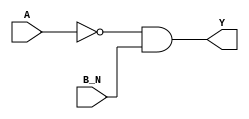
module sky130_fd_sc_hd__nor2b (
    Y  ,
    A  ,
    B_N
);

    // Module ports
    output Y  ;
    input  A  ;
    input  B_N;

    // Module supplies
    supply1 VPWR;
    supply0 VGND;
    supply1 VPB ;
    supply0 VNB ;

    // Local signals
    wire not0_out  ;
    wire and0_out_Y;

    //  Name  Output      Other arguments
    not not0 (not0_out  , A              );
    and and0 (and0_out_Y, not0_out, B_N  );
    buf buf0 (Y         , and0_out_Y     );

endmodule